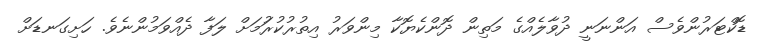
ޑޮކްޓަރުންވެސް އަންނަނީ ދުވާލެއްގެ މަތިން ދޮންކެޔޮކާ މިންވަރު އިތުރުކުރުަމަށް ލަފާ ދެއްވަމުންނެވެ. ހަށިގަނޑަށް